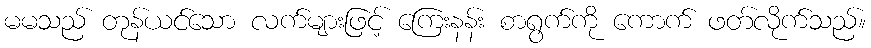
မမသည် တုန်ယင်သော လက်များဖြင့် ကြေးနန်း စာရွက်ကို ကောက် ဖတ်လိုက်သည်။